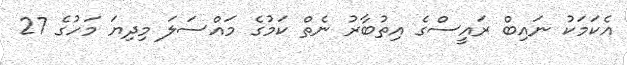
އެކަމަކު ނައިބް ރައީސްގެ އިތުބާރު ނެތް ކަމުގެ މައްސަލަ މިދިޔަ މަހުގެ 27